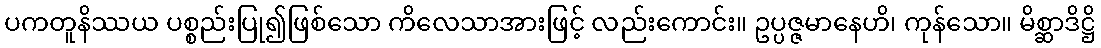
ပကတူနိဿယ ပစ္စည်းပြု၍ဖြစ်သော ကိလေသာအားဖြင့် လည်းကောင်း။ ဥပ္ပဇ္ဇမာနေဟိ၊ ကုန်သော။ မိစ္ဆာဒိဋ္ဌိ